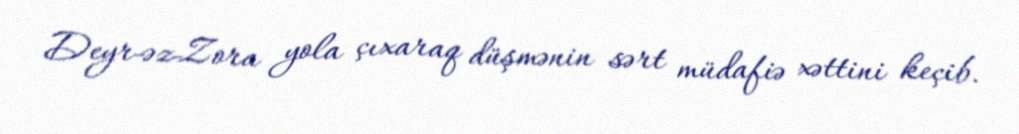
Deyr-əz-Zora yola çıxaraq düşmənin sərt müdafiə xəttini keçib.